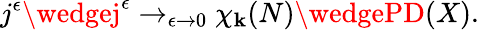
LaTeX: j^{\epsilon}\wedgej^{\epsilon}\rightarrow_{\epsilon\rightarrow0}\chi_{\mathbf{k}}(N)\wedgePD(X).